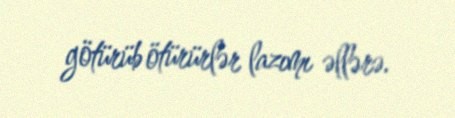
götürüb ötürürlər lazımı əllərə.